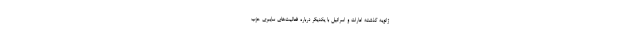
ژانویه گذشته امارات و اسرائیل با یکدیگر درباره فعالیت‌های سایبری حزب